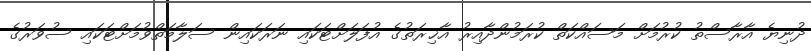
ދުނިޔެ އާރާސްތު ކުރުމަށް މަސައްކަތް ކުރަމުންދާއިރު އާޚިރަތުގެ އުފަލަށްޓަކައި ނަރަކައިން ސަލާމަތްވުމަށްޓަކައި ސުވަރުގެ